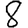
Digit: 8